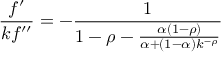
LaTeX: { \frac { f ^ { \prime } } { k f ^ { \prime \prime } } } = - { \frac { 1 } { 1 - \rho - { \frac { \alpha ( 1 - \rho ) } { \alpha + ( 1 - \alpha ) k ^ { - \rho } } } } }